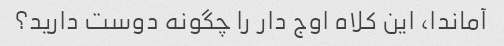
آماندا، این کلاه اوج دار را چگونه دوست دارید؟